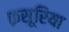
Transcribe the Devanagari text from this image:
क़सूरिया